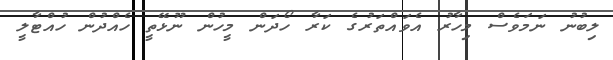
ލިބުނު ނަމަވެސް މިހާރު އެވައްތަރުގެ ކަރާ ހޯދަން މީހުން ނޫޅޭތީ ހެއްދުން ހުއްޓާލީ